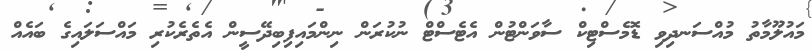
މައުލޫމާތު މުއްސަނދިވި ޑޮމެސްޓިކް ސާވަންޓުން އެޓެސްޓް ނުކުރަން ނިންމައިފިބިދޭސީން އެތެރެކުރި މައްސަލައިގެ ބައެއް